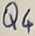
Text: Q4